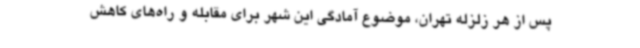
پس از هر زلزله تهران، موضوع آمادگی این شهر برای مقابله و راه‌های کاهش